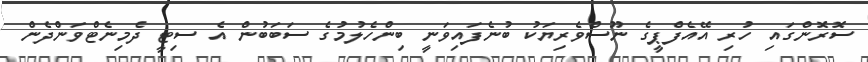
ސޮރޮންގައި ހުރި އޭއެފްޕީގެ ނޫސްވެރިޔަކު ބުނެފައިވަނީ ބިންހެލުމުގެ ސަބަބުން އެ ސިޓީ ދެމިނެޓްވަންދެން